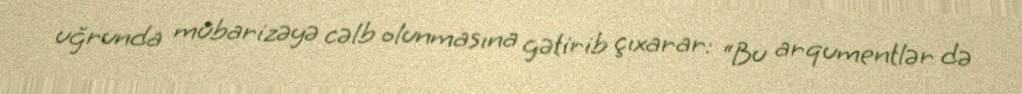
uğrunda mübarizəyə cəlb olunmasına gətirib çıxarar: “Bu arqumentlər də